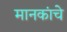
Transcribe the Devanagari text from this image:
मानकांचे